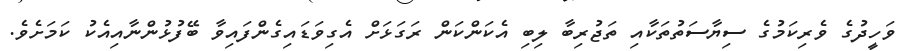
ވަހީދުގެ ވެރިކަމުގެ ސިޔާސަތުތަކާއި ތަޖުރިބާ ލިބި އެކަންކަން ރަގަޅަށް އެގިވަޑައިގެންފައިވާ ބޭފުޅުންނާއިއެކު ކަމަށެވެ.